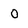
Character: O